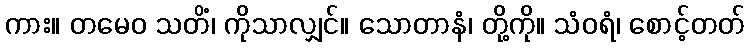
ကား။ တမေဝ သတိံ၊ ကိုသာလျှင်။ သောတာနံ၊ တို့ကို။ သံဝရံ၊ စောင့်တတ်